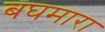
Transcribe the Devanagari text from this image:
बघमारा